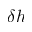
\delta h